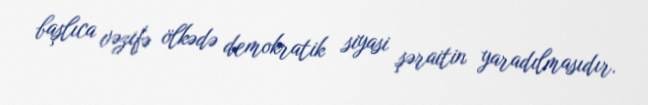
başlıca vəzifə ölkədə demokratik siyasi şəraitin yaradılmasıdır.